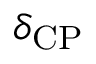
\delta _ { \mathrm { C P } }